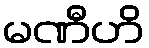
မဏီဟိ